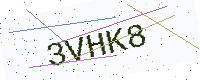
Text: 3VHK8